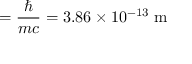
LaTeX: \ = { \frac { \hbar } { m c } } = 3 . 8 6 \times 1 0 ^ { - 1 3 } { \mathrm { ~ m } }